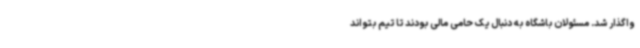
واگذار شد. مسئولان باشگاه به دنبال یک حامی مالی بودند تا تیم بتواند